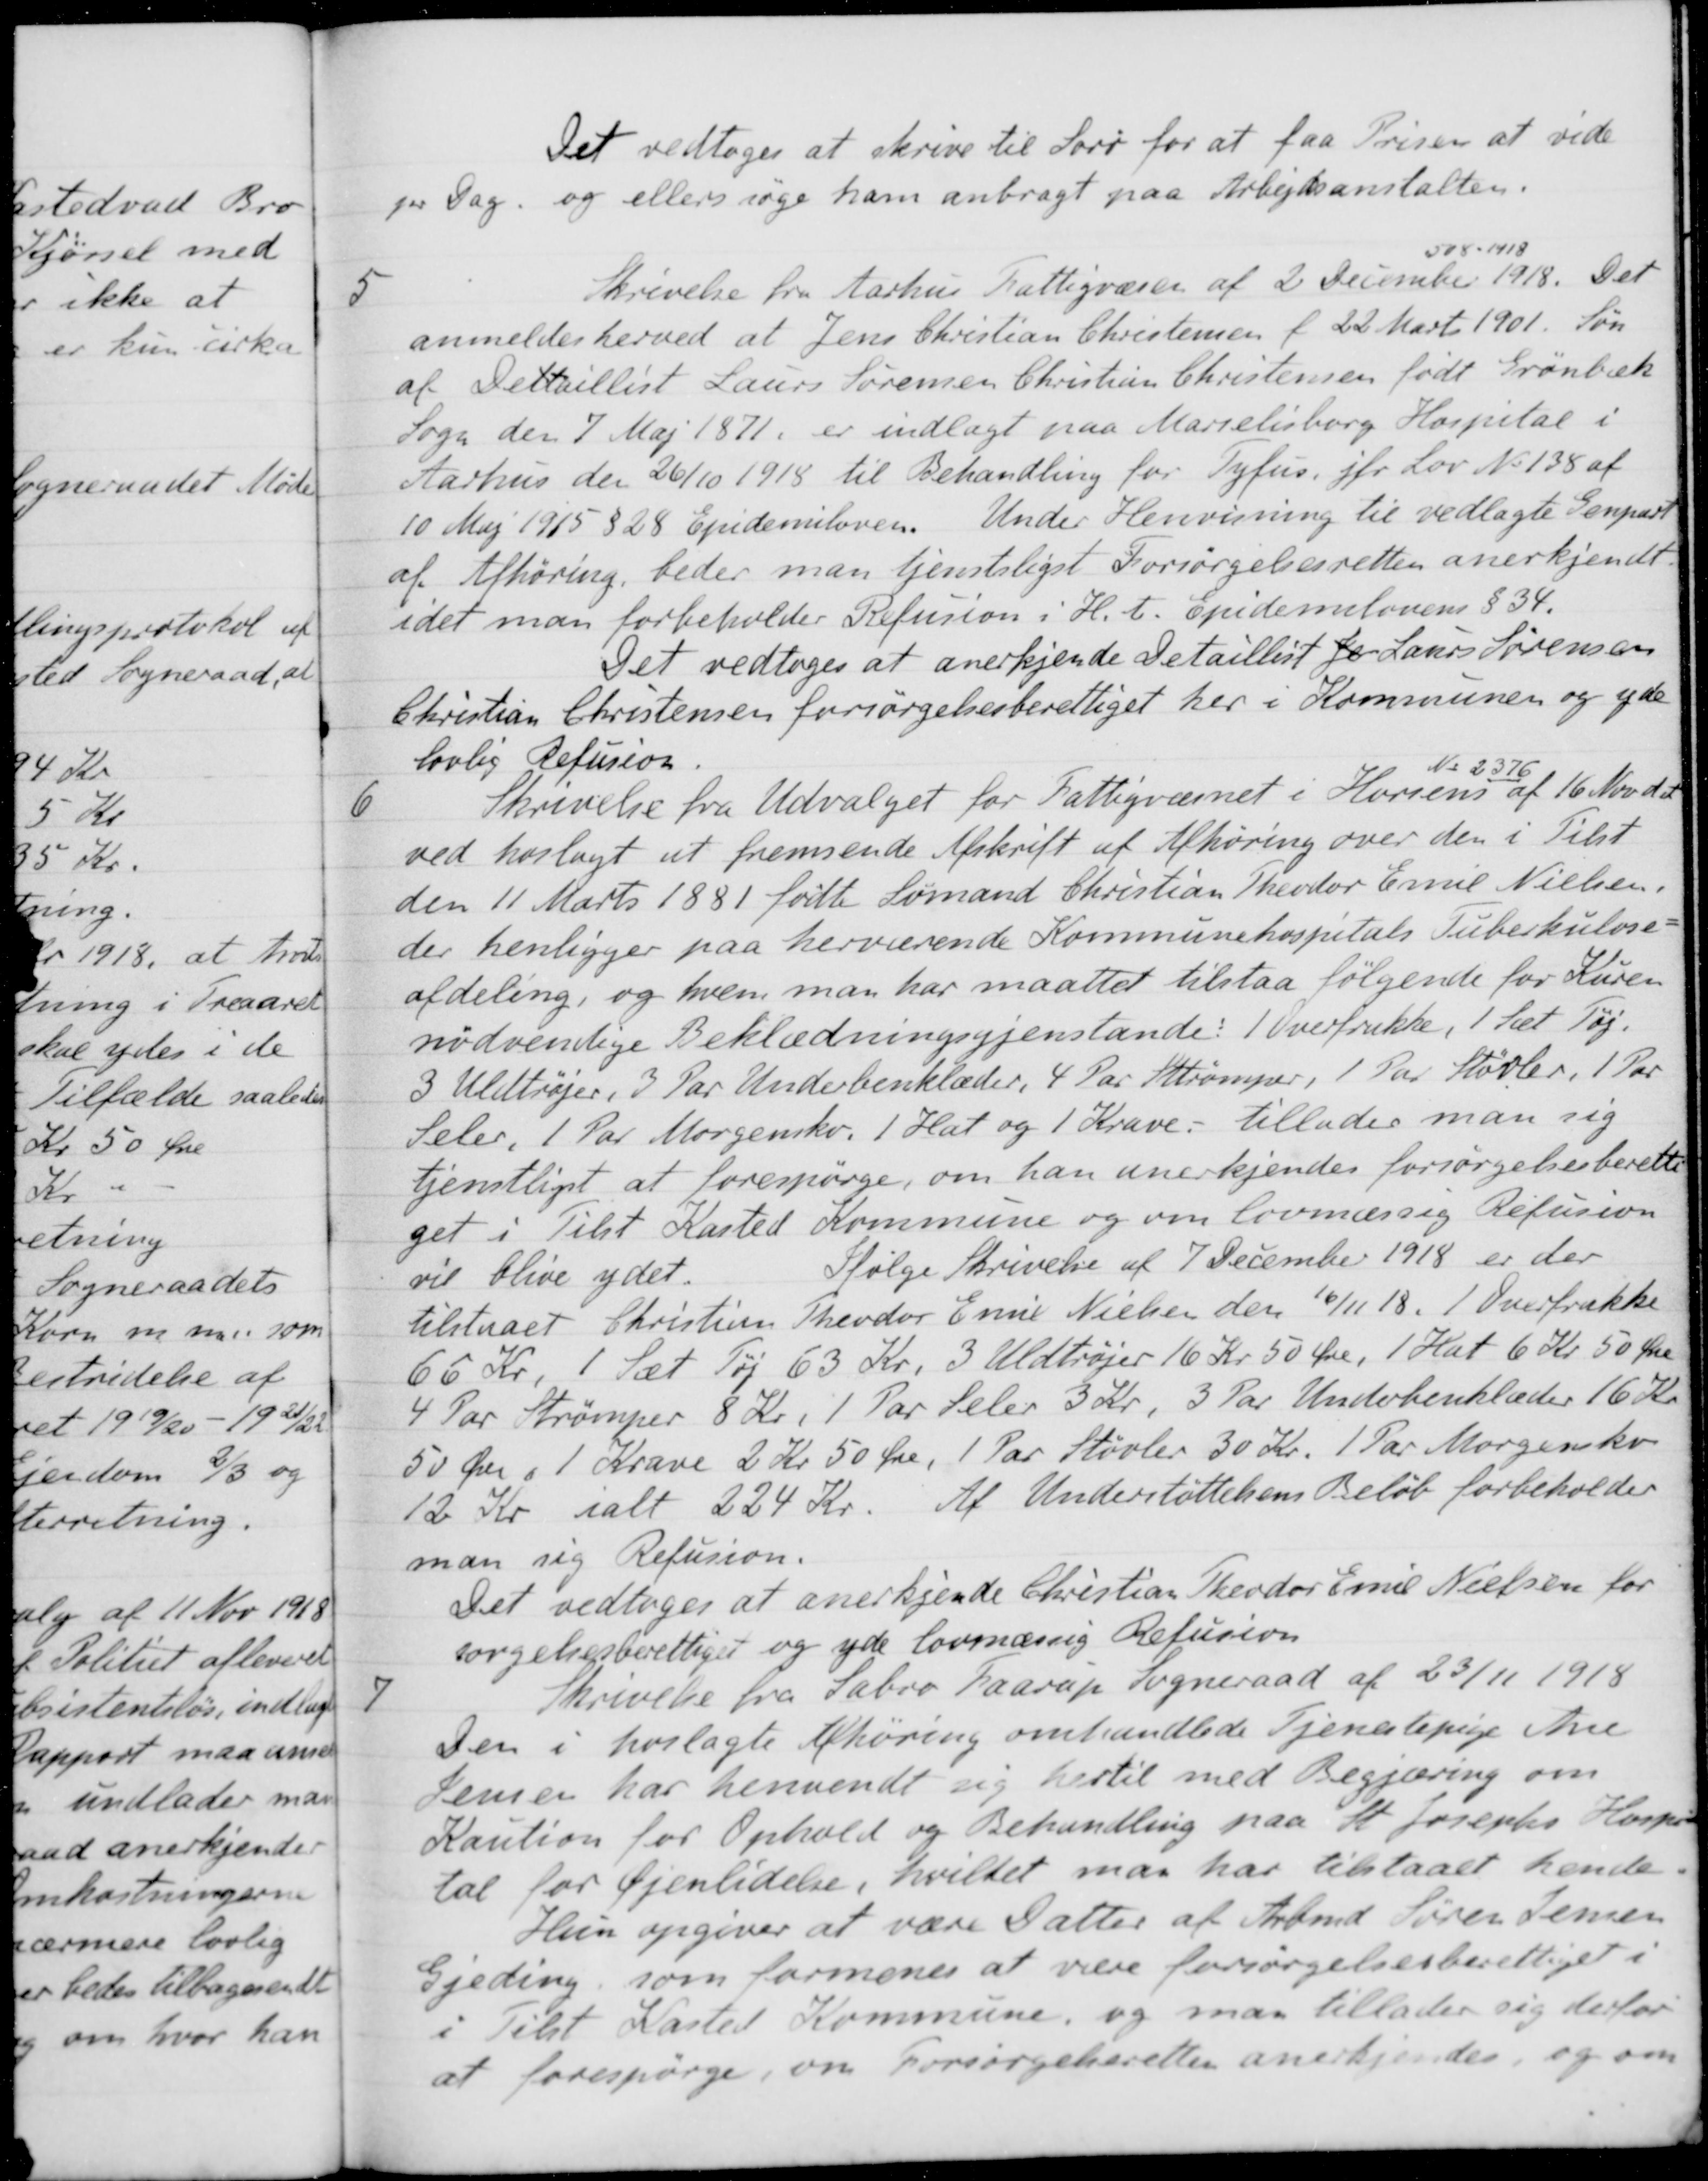
Transskription:
Det vedtoges at skrive til Sorø for at faa Prisen at vide
pr Dag, og ellers søge ham anbragt paa Arbejdsanstalten.
5
Skrivelse fra Aarhus Fattigvæsen af 2 December
508 - 1918
1918. Det
anmeldes herved at Jens Christian Christensen f 22 Marts 1901. Søn
af Deltaillist Laurs Sørensen Christian Christensen født Grønbæk
Sogn den 7 Maj 1871, er indlagt paa Marielisborg Hospital i
Aarhus den 26/10 1918 til Behandling for Tyfus, jfr Lov No 138 af
10 Maj 1915 § 28 Epidemiloven. Under Henvisning til vedlagte Genpart
af Afhøring, beder man tjensteligst Forsørgelsesretten anerkjendt.
idet man forbeholder Refusion i H. t. Spidemilovens § 34.
Det vedtoges at anerkjende Detailleist for Laurs Sørensen
Christian Christensen forsørgelsesberettiget her i Kommunen og yde
lovlig Refusion.
6
Skrivelse fra Udvalget for Fattigvæsnet i Horsens
No 2376
af 16 Nov d.A.
ved hoslagt at fremsende Afskrift af Afhøring over den i Tilst
den 11 Marts 1881 fødte Sømand Christian Theodor Emil Nielsen.
der henligger paa herværende Kommunehospitals Tuberkulose-
afdeling, og hvem man har maattet tilstaa følgende for Kuren
nødvendige Beklædningsgjenstande: 1 Overfrukke, 1 Sæt Tøj.
3 Uldtrøjer, 3 Par Underbenklæder, 4 Par Strømper, 1 Par Støvler, 1 Par
Seler, 1 Par Morgensko. 1 Hat og 1 Krave tillader man sig
tjenstligt at forespørge, om han anerkjendes forsørgelsesberettei-
get i Tilst Kasted Kommune og om lovmæssig Refusion
vil blive ydet
Ifølge Skrivelse af 7 December 1918 er der
tilstaaet Christian Theodor Emil Nielsen den 16/11 18. 1 Overfrakke
66 Kr. 1 Sæt Tøj 63 Kr. 3 Uldtrøjer 16 Kr 50 Øre, 1 Hat 6 Kr 50 Øre
4 Par Strømper 8 Kr. 1 Par Seler 3 Kr, 3 Par Underbenklæder 16 Kr.
50 Øre i 1 Krave 2 Kr 50 Øre, 1 Par Støvler 30 Kr. 1 Par Morgensko
12 Kr ialt 224 Kr. Af Understøttelsens Beløb forbeholder
man sig Refusion.
Det vedtoges at anerkjende Christian Theodor Emil Nielsen for
sørgelsesberettiget og yde lovmæssig Refusion
7
Skrivelse fra Sabro Faarup Sogneraad af 23/11 1918
Den i hoslagte Afhøring omhandlede Tjenestepige Ane
Jensen har henvendt sig hertil med Begjæring om
Kaution for Ophold og Behandling paa St Josephs Hospi
tal for Øjenlidelse, hvilket man har tilstaaet hende.
Hun opgiver at være Datter af Arbmd. Søren Jensen
Gjeding, som formenes at være forsørgelsesberettiget i
i Tilst Kasted Kommune, og man tillader sig derfor
at forespørge, om Forsørgelseretten anerkjendes, og om